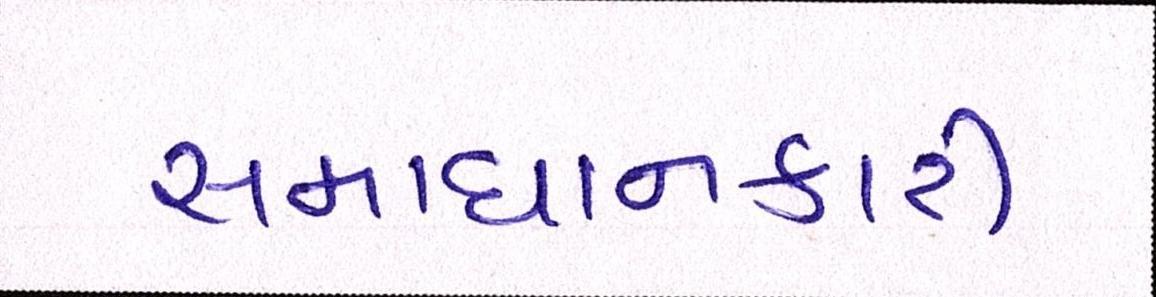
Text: સમાધાનકારી